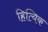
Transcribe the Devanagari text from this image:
हित्यिक